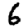
Digit: 6